Annual report on the mental hospital in the Central Provinces and Berar (Nagpur) - 1927-1951
Year: 1927
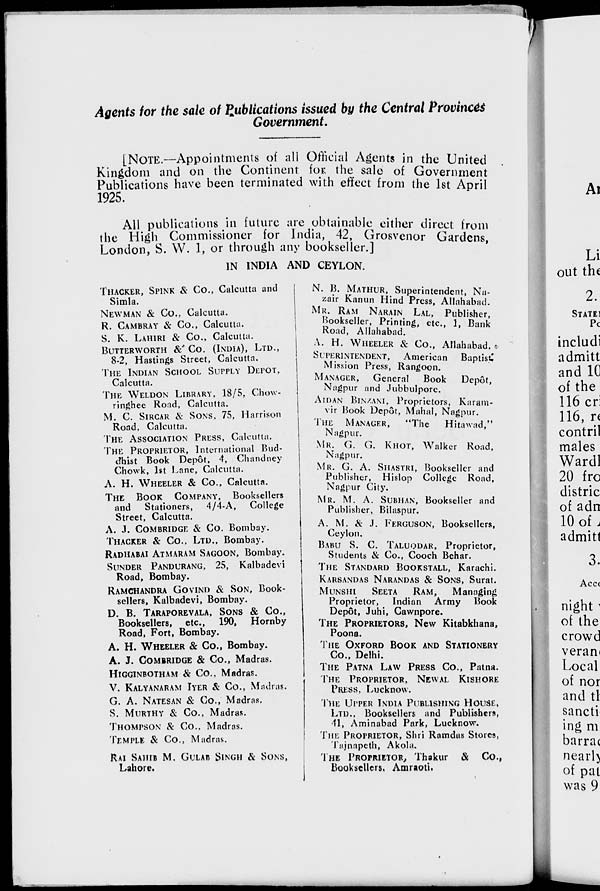
Agents for the sale of Publications issued by the Central Provinces
Government.
[NOTE—Appointments of all Official Agents in the United
Kingdom and on the Continent for the sale of Government
Publications have been terminated with effect from the 1st April
1925.
All publications in future are obtainable either direct from
the High Commissioner for India, 42, Grosvenor Gardens,
London, S. W. 1, or through any bookseller.]
IN INDIA AND CEYLON.
THACKER, SPINK & Co., Calcutta and
Simla.
NEWMAN & Co., Calcutta.
R. CAMBRAY & Co., Calcutta.
S. K. LAHIRI & Co., Calcutta.
BUTTERWORTH & Co. (INDIA), LTD.,
8-2, Hastings Street, Calcutta.
THE INDIAN SCHOOL SUPPLY DEPOT,
Calcutta.
THE WELDON LIBRARY, 18/5, Chow-
ringhee Road, Calcutta.
M. C. SIRCAR & SONS, 75, Harrison
Road, Calcutta.
THE ASSOCIATION PRESS, Calcutta.
THE PROPRIETOR, International Bud-
dhist Book Depôt, 4, Chandney
Chowk, 1st Lane, Calcutta.
A. H. WHEELER & CO., Calcutta.
THE BOOK COMPANY, Booksellers
and Stationers, 4/4-A, College
Street, Calcutta.
A. J. COMBRIDGE & Co. Bombay.
THACKER & Co., LTD., Bombay.
RADHABAI ATMARAM SAGOON, Bombay.
SUNDER PANDURANG, 25, Kalbadevi
Road, Bombay.
RAMCHANDRA GOVIND & SON, Book-
sellers, Kalbadevi, Bombay.
D. B. TARAPOREVALA, SONS & Co.,
Booksellers, etc., 190, Hornby
Road, Fort, Bombay.
A. H. WHEELER & Co., Bombay.
A. J. COMBRIDGE & Co., Madras.
HIGGINBOTHAM & Co., Madras.
V. KALYANARAM IYER & Co., Madras.
G. A. NATESON & Co., Madras.
S. MURTHY & Co., Madras.
THOMPSON & Co., Madras.
TEMPLE & Co., Madras.
RAI SAHIB M. GULAB SINGH & SONS,
Lahore.
N. B. MATHUR, Superintendent, Na-
zair Kanun Hind Press, Allahabad.
MR. RAM NARAIN LAL, Publisher,
Bookseller, Printing, etc., 1, Bank-
Road, Allahabad.
A. H. WHEELER & Co., Allahabad.
SUPERINTENDENT,
American
Baptist
Mission Press, Rangoon.
MANAGER,
General Book
Depôt,
Nagpur and Jubbulpore.
AIDAN BINZANI, Proprietors, Karam-
vir Book Depôt, Mahal, Nagpur.
THE
MANAGER,
"The
Hitawad,"
Nagpur.
MR. G. G. KHOT, Walker Road,
Nagpur.
MR. G. A. SHASTRI, Bookseller and
Publisher, Hislop College Road,
Nagpur City.
MR. M. A. SUBHAN, Bookseller and
Publisher, Bilaspur.
A. M. & J. FERGUSON, Booksellers,
Ceylon.
BABU S. C. TALUQDAR, Proprietor,
Students & Co., Cooch Behar.
THE STANDARD BOOKSTALL, Karachi.
KARSANDAS NARANDAS & SONS, Surat.
MUNSHI SEETA RAM, Managing
Proprietor, Indian Army Book
Depôt, Juhi, Cawnpore.
THE PROPRIETORS, New Kitabkhana,
Poona.
THE OXFORD BOOK AND STATIONERY
Co., Delhi.
THE PATNA LAW PRESS Co., Patna.
THE PROPRIETOR, NEWAL KISHORE
PRESS, Lucknow.
THE UPPER INDIA PUBLISHING HOUSE.
LTD., Booksellers and Publishers,
41, Aminabad Park, Lucknow.
THE PROPRIETOR, Shri Ramdas Stores,
Tajnapeth, Akola.
THE PROPRIETOR, Thakur & Co.,
Booksellers, Amraoti.